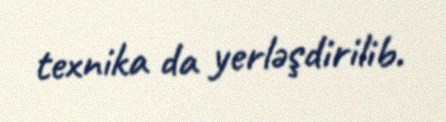
texnika da yerləşdirilib.